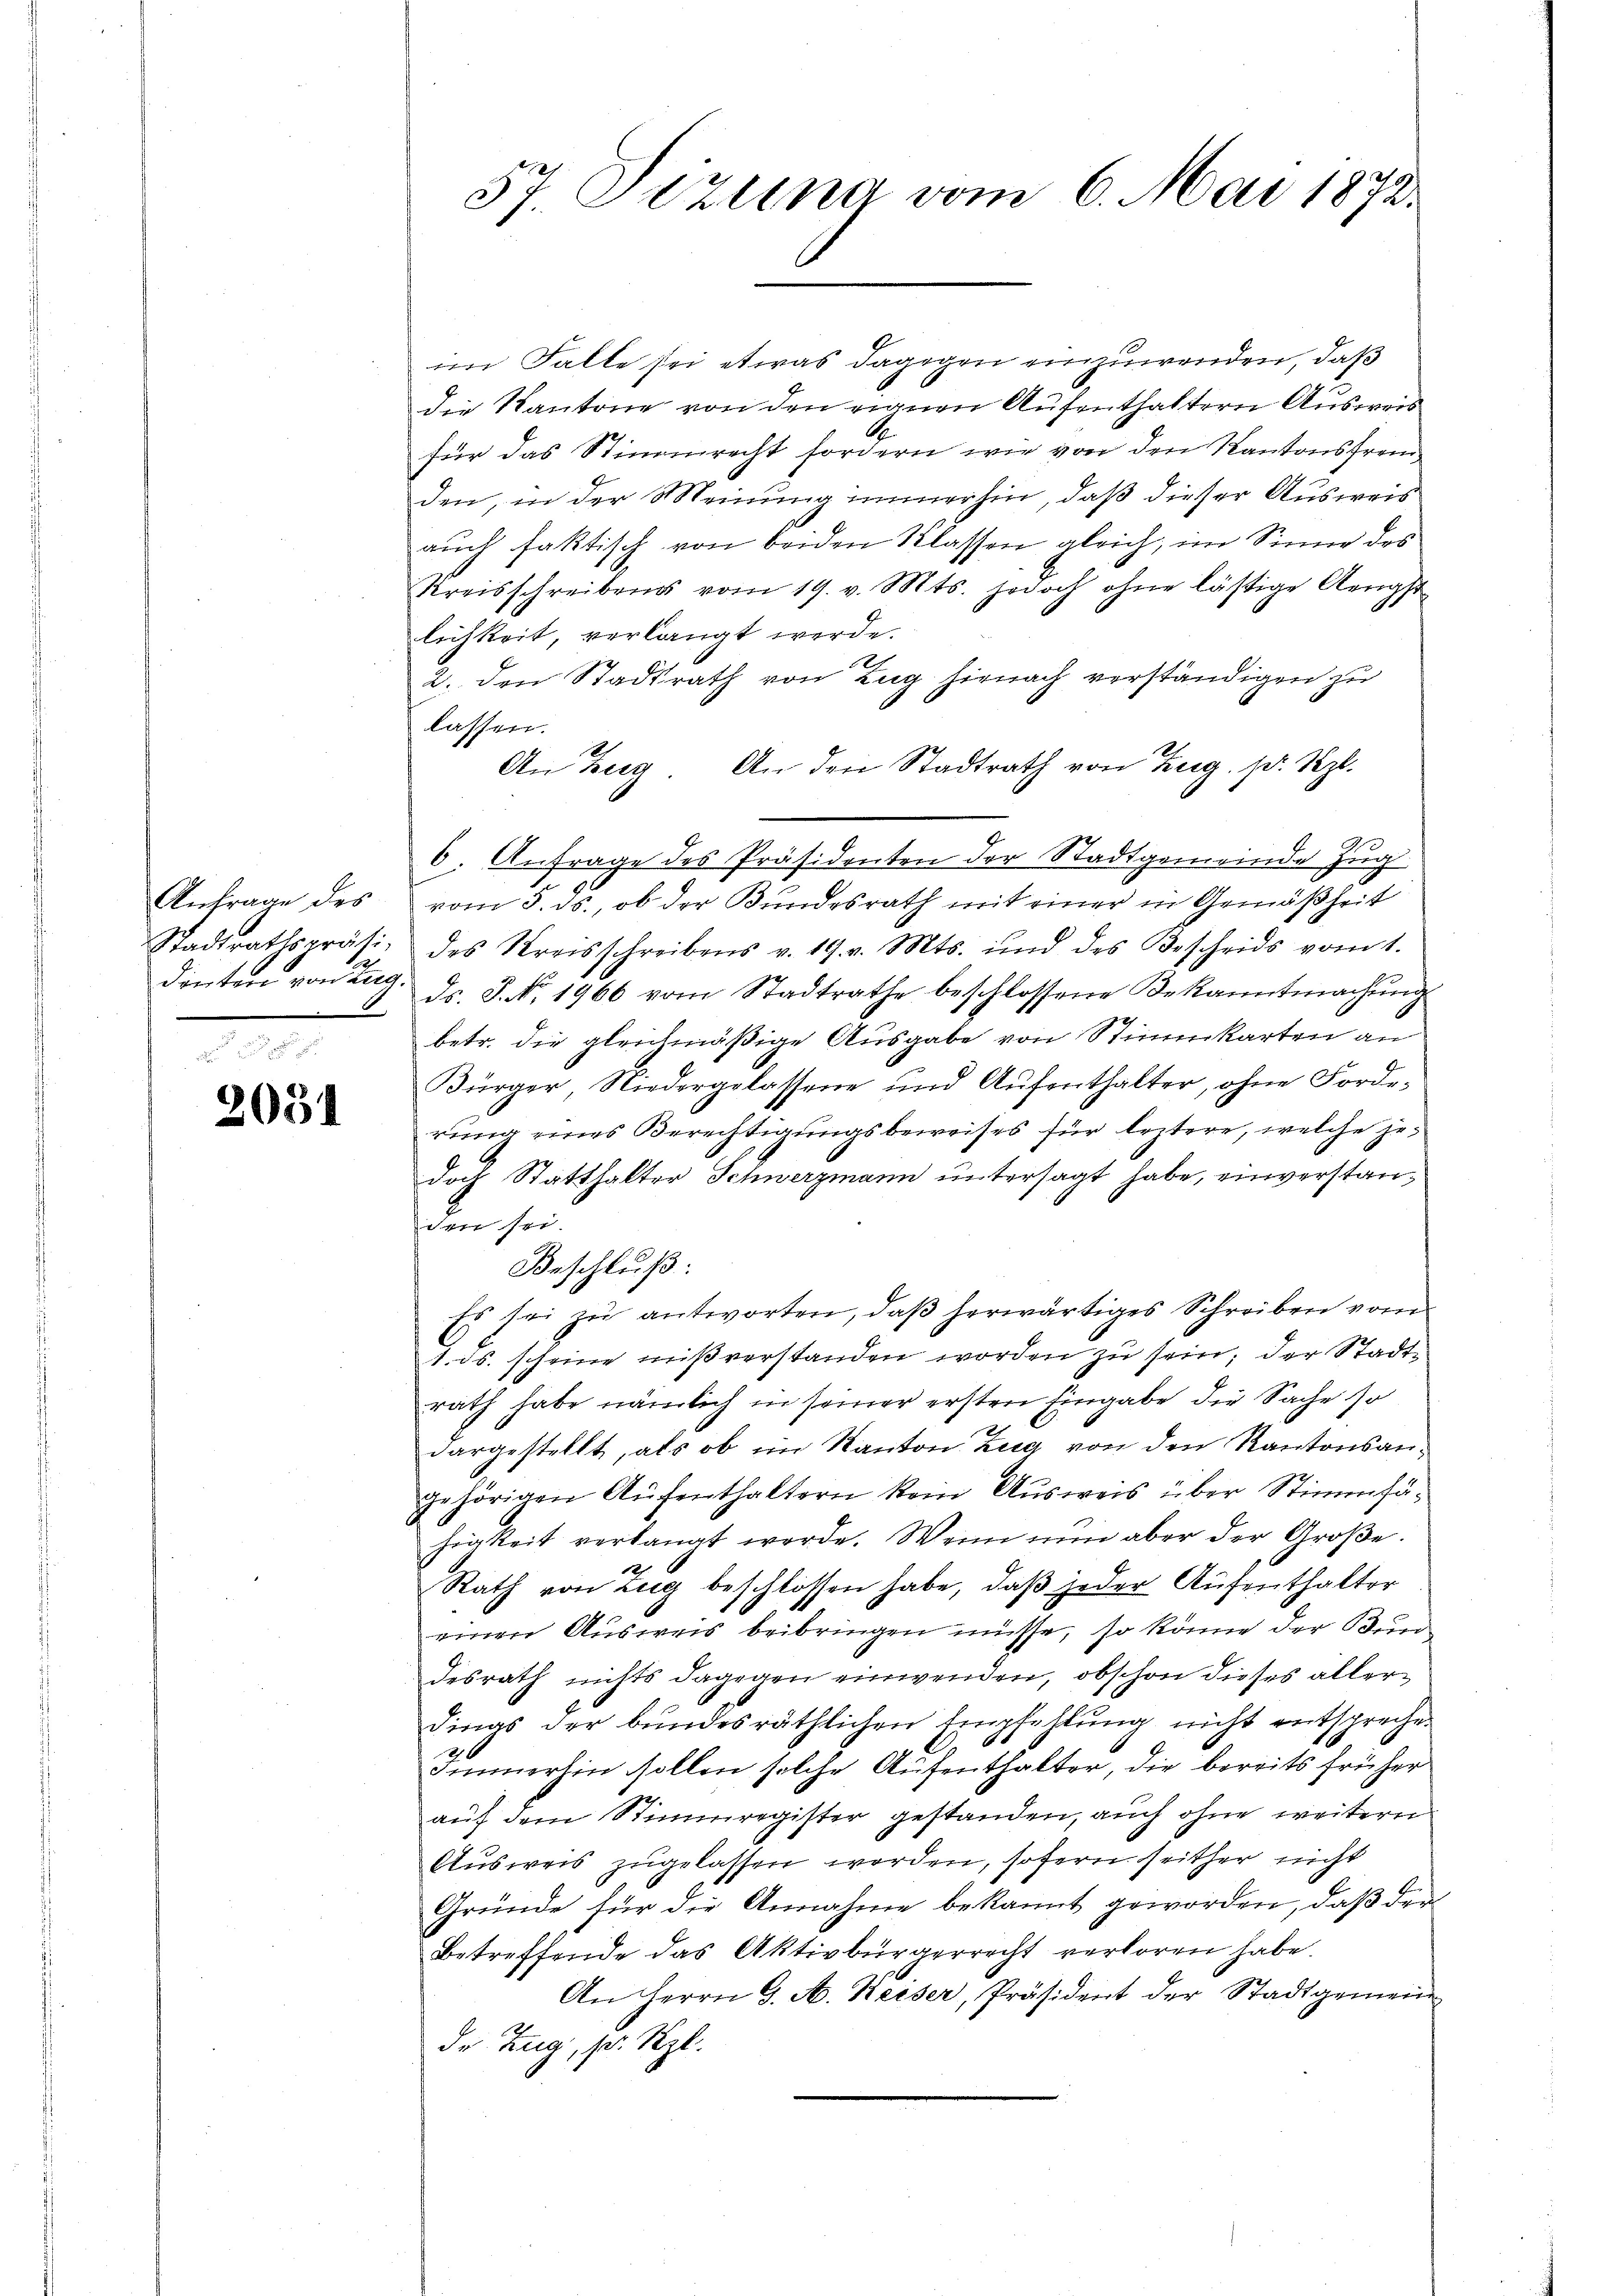
Anfrage des

2051

im Falle sei etwas dagegen einzuwenden, daß
die Kantone von den eignen Aufenthaltern Ausweis
für das Stimmrecht fordern wie von den Kantonsfremden, in der Meinung immerhin, daß dieser Ausweis
aŭch faktisch von beiden Klassen gleich, im Sinne des
Kreisschreibens vom 19. v. Mts. jedoch ohne lästige Aeugst
lichkeit, verlangt werde.
2. den Stadtrath von Zug hienach verständigen zu
lassen.
An Zug. An den Stadtrath von Zug. pr. Sept.
6. Anfrage des Präsidenten der Stadtgemeinde Zug
vom 5. ds., ob der Bundesrath mit einer in Gemäßheit
Stadtrathspräsi, des Kreisschreibens v. 19. v. Mts. und des Bescheids vom 1.
denten von d. d. J. No. 1966 vom Stadtrathe beschlossene Bekanntmachung
betr. die gleichmäßige Ausgabe von Stimmkarten an
Bürger, Niedergelassene und Aŭfenthalter, ohne Forde-
rung eines Berechtigungsbeweises für leztere, welche jedoch Statthalter Schwerzmann untersagt habe, einverstanden sei.
Beschluß:
Es sei zu antworten, daß herwärtiges Schreiben vom
1. ds. scheine mißverstanden worden zu sein; der Stadtrath habe nämlich in seiner ersten Eingabe die Sache so
dargestellt, als ob im Kanton Zug von den Kantonsangehörigen Aufenthaltern kein Ausweis über Stimmfä-
higkeit verlangt werde. Wenn nŭn aber der Groβe.
2
Rath von Zug beschlossen habe, daß jeder Aufenthalter
einen Ausweis beibringen müsse, so könne der Bundesrath nichts dagegen einwenden, obschon dieses aller¬
Dinas der bundesräthlichen Empfehlung nicht entsprechen
Immerhin sollen solche Aufenthalter, die bereits früher
auf dem Stimmregister gestanden, auch ohne weitern
Ausweis zugelassen worden, sofern seither nicht
Gründe für die Annahme bekannt geworden, daß der
Betreffende das Aktivbürgerrecht verloren habe.
An Herrn G. A. Keiser, Präsident der Stadtgemein-
de Zug, pr. Szl.

57. Setzung vom 6. Mai 1872.